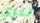
لنري